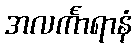
အလင်္ကာရာနံ